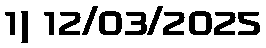
1) 12/03/2025